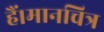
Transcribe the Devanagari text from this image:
हैं।मानचित्र